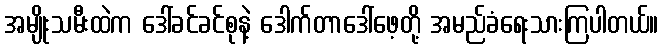
အမျိုးသမီးထဲက ဒေါ်ခင်ခင်စုနဲ့ ဒေါက်တာဒေါ်ဖေ့တို့ အမည်ခံရေးသားကြပါတယ်။